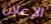
الإعلان